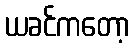
ယခင်ကတော့